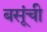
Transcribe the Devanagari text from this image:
बसूंची